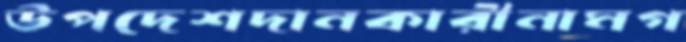
উপদেশদানকারীনামগ